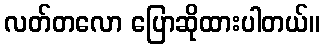
လတ်တလော ပြောဆိုထားပါတယ်။